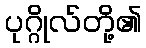
ပုဂ္ဂိုလ်တို့၏